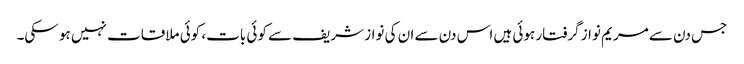
جس دن سے مریم نواز گرفتار ہوئی ہیں اس دن سے ان کی نواز شریف سے کوئی بات، کوئی ملاقات نہیں ہو سکی۔